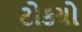
ટોકયો